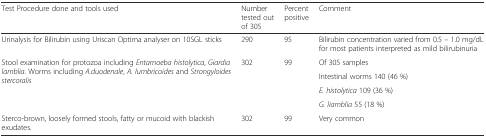
<table><thead><tr><td><b>Test Procedure done and tools used</b></td><td><b>Number tested out of 305</b></td><td><b>Percent positive</b></td><td><b>Comment</b></td></tr></thead><tbody><tr><td>Urinalysis for Bilirubin using Uriscan Optima analyser on 10SGL sticks</td><td>290</td><td>95</td><td>Bilirubin concentration varied from 0.5 – 1.0 mg/dL for most patients interpreted as mild bilirubinuria</td></tr><tr><td rowspan="4">Stool examination for protozoa including <i>Entamoeba histolytica</i>, <i>Giardia lamblia</i>. Worms including <i>A.duodenale</i>, <i>A. lumbricoides</i> and <i>Strongyloides stercoralis</i></td><td rowspan="4">302</td><td rowspan="4">99</td><td>Of 305 samples</td></tr><tr><td>Intestinal worms 140 (46 %)</td></tr><tr><td><i>E. histolytica</i> 109 (36 %)</td></tr><tr><td><i>G. liamblia</i> 55 (18 %)</td></tr><tr><td>Sterco-brown, loosely formed stools, fatty or mucoid with blackish exudates.</td><td>302</td><td>99</td><td>Very common</td></tr></tbody></table>